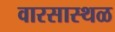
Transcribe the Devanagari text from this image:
वारसास्थळ